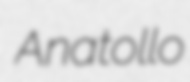
Anatollo